Newspaper: Freie Presse für Texas. [volume]
Place of publication: San Antonio, Tex.
Publisher: H. Pollmar
Date: 1890-10-22 00:00:00
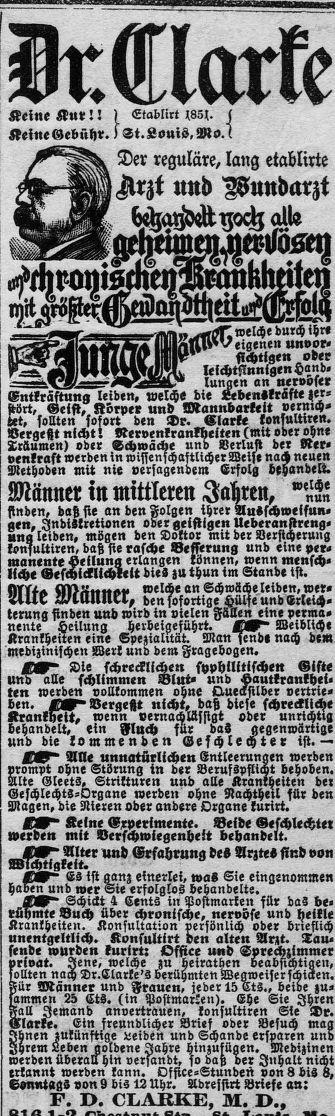
Advertisement text (OCR):
chrke Keine Kurii E Etat-like WH. Si.Louis-Mo. Der reguläre, lang etablirie « I ciirzt und Pundarzt Keine Gei- übe-. welche durch ihre « pfmweigenen unvor sichtisen odee .-s., leichtsianigendsnds - —- iun en an nett-vier Enter ng leiden, welche die Fedensteifte ist Itötd eisi, Körper and Mantel-arme vernich det, sollten sofort den De. ciokte ion nliiten. Ideegefltnichti Retoenktan eiten(mito erohne Träumen) oder sehn-o e un Verlu der Ner ven-ruft werden in wissen chaftlicher Wei e na neuen Methoden mit nie versagendem Erfolg he ondeki. Männer in mittleren Ia ren, Mäsk iinden, das sie an den oigen ihrer uifchwelfum gen, Jndiitretionen o er geistigen Ueber-an seng Un leiden, end en den Doktor mit der Betst etung ton aliirem daß e rasche seyen-no und eine Hee manente eilun erlangen önnen, wenn mensch liche cef icklichseit dies in thun im Stande ist. - coel ean Schwii eieidemwers Alte Männer, den dortige üFe undcrieics ieruns sinden nnd wird in o elen Fä en eine seen-a nente heiiung herbeige-« ri. Weibliche Krankheiten eine Spezialität-. Man ende noch dein medizinischen Wert und dem Fragedogem » Die schreckli en fyphilltifchen Gifte und alle schlimmen glat- nnd satt-ansteck ten werden vollkommen opne sue silbek vertrie ben. Bei-gest nicht daß diese schreckli e staut eit, wenn verna ; ssigt oder unri is behandelt, ein Ilneb fir das esenwiir ise und die iommenden Geschle iee ist.-· E Alle unnmäelichen Entleernn en werden Kot-we ohne Störung in der BerufspfliHI hehohem iie Gleets, Striituren nnd alle man heiten dee Geschlechts-Organe werden ohne Rochtheii für den Magen, die Nieren oder andere Organe tun-ri. Esel-Its erime te. s ideSe le i werden mit Ietfkbwiegezheit beehonde F ch a D chtlaäliltter und Erfahrung des Arztes sind von Es isi Ganz einerlei, was Sie eingenommen ha en einziger-ist Fezszägiossse anhält-.fü d Z b i nmotaaeurae kii mte such über chronifche, nekvöse und heitle Krankheiten. Konsultation gerfönlich oder drietlich einseitig-; DIE-Use sss esse Mk Ess nk : ee un re nume --kkvat. ene, welche u keiratden Feab etchti en, otllten n»a DrÆlarieis erü nitenWe weisers i en. Für Mannes und Frauen, Jeder is is» bei e zu ommen 25 Ets. (in Postmarcen). Ehe Sie Jhren all Jemand anvettxanem lonsulttren Sie De latke. Ein freundlicher Brief oder Besuch Inn ZM Fäkxstkåiäimxhä"bi32«ikKARL-?ist«-« werden übern hin ver ande, Ho dak gefsnhaitsnicgi erkannt werden kann. Ostia-Stunden oonsbiö , Sonntags sono bis Unor. Ade-einst Beieie an: P. D. CLARKB, M. D» I CI
Label: illustrations